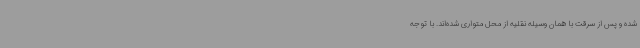
شده و پس از سرقت با همان وسیله نقلیه از محل متواری شده‌اند. با توجه